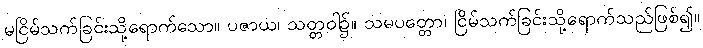
မငြိမ်သက်ခြင်းသို့ရောက်သော။ ပဇာယ၊ သတ္တဝါ၌။ သမပတ္တော၊ ငြိမ်သက်ခြင်းသို့ရောက်သည်ဖြစ်၍။